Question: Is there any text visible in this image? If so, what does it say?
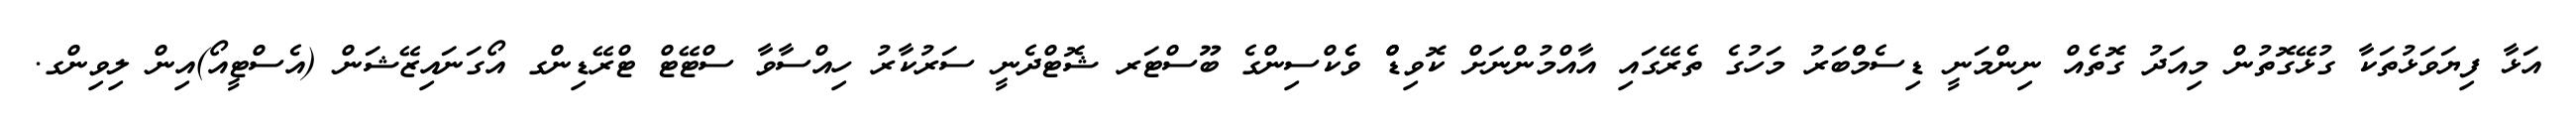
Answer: އަޅާ ފިޔަވަޅުތަކާ ގުޅޭގޮތުން މިއަދު ގޮތެއް ނިންމަނީ ޑިސެމްްބަރު މަހުގެ ތެރޭގައި އާއްމުންނަށް ކޮވިޑްް ވެެކްސިންގެ ބޫސްޓަރ ޝޮޓްދެނީ ސަރުކާރު ހިއްސާވާ ސްޓޭޓް ޓްރޭޑިންގ އޯގަނައިޒޭޝަން (އެސްޓީއޯ)އިން ލިވިންގ.